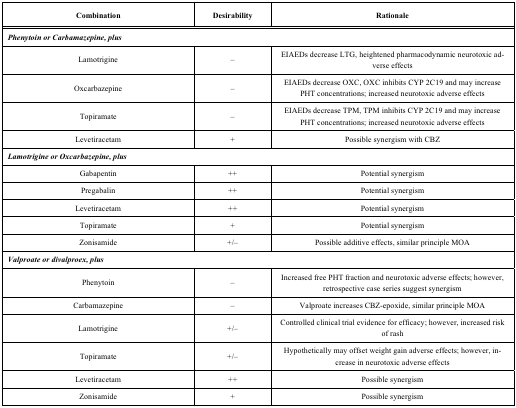
<table><thead><tr><td><b>Combination</b></td><td><b>Desirability</b></td><td><b>Rationale</b></td></tr></thead><tbody><tr><td colspan="3"><b><i>Phenytoin or Carbamazepine, plus</i></b></td></tr><tr><td>Lamotrigine</td><td>–</td><td>EIAEDs decrease LTG, heightened pharmacodynamic neurotoxic adverse effects</td></tr><tr><td>Oxcarbazepine</td><td>–</td><td>EIAEDs decrease OXC, OXC inhibits CYP 2C19 and may increase PHT concentrations; increased neurotoxic adverse effects</td></tr><tr><td>Topiramate</td><td>–</td><td>EIAEDs decrease TPM, TPM inhibits CYP 2C19 and may increase PHT concentrations; increased neurotoxic adverse effects</td></tr><tr><td>Levetiracetam</td><td>+</td><td>Possible synergism with CBZ</td></tr><tr><td colspan="3"><b><i>Lamotrigine or Oxcarbazepine, plus</i></b></td></tr><tr><td>Gabapentin</td><td>++</td><td>Potential synergism</td></tr><tr><td>Pregabalin</td><td>++</td><td>Potential synergism</td></tr><tr><td>Levetiracetam</td><td>++</td><td>Potential synergism</td></tr><tr><td>Topiramate</td><td>+</td><td>Potential synergism</td></tr><tr><td>Zonisamide</td><td>+/–</td><td>Possible additive effects, similar principle MOA</td></tr><tr><td colspan="3"><b><i>Valproate or divalproex, plus</i></b></td></tr><tr><td>Phenytoin</td><td>–</td><td>Increased free PHT fraction and neurotoxic adverse effects; however, retrospective case series suggest synergism</td></tr><tr><td>Carbamazepine</td><td>–</td><td>Valproate increases CBZ-epoxide, similar principle MOA</td></tr><tr><td>Lamotrigine</td><td>+/–</td><td>Controlled clinical trial evidence for efficacy; however, increased risk of rash</td></tr><tr><td>Topiramate</td><td>+/–</td><td>Hypothetically may offset weight gain adverse effects; however, increase in neurotoxic adverse effects</td></tr><tr><td>Levetiracetam</td><td>++</td><td>Possible synergism</td></tr><tr><td>Zonisamide</td><td>+</td><td>Possible synergism</td></tr></tbody></table>